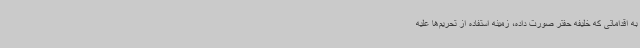
به اقداماتی که خلیفه حفتر صورت داده، زمینه استفاده از تحریم‌ها علیه